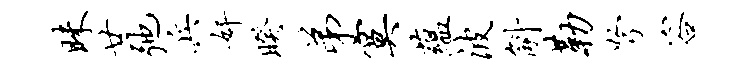
昧廿弛兵奸睽弟寞蕴波斛勒弩容